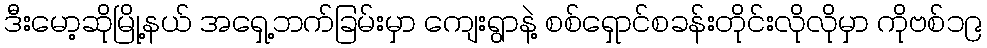
ဒီးမော့ဆိုမြို့နယ် အရှေ့ဘက်ခြမ်းမှာ ကျေးရွာနဲ့ စစ်ရှောင်စခန်းတိုင်းလိုလိုမှာ ကိုဗစ်၁၉